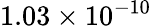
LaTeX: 1.03\times 10^{-10}